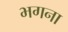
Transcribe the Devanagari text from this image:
भगना